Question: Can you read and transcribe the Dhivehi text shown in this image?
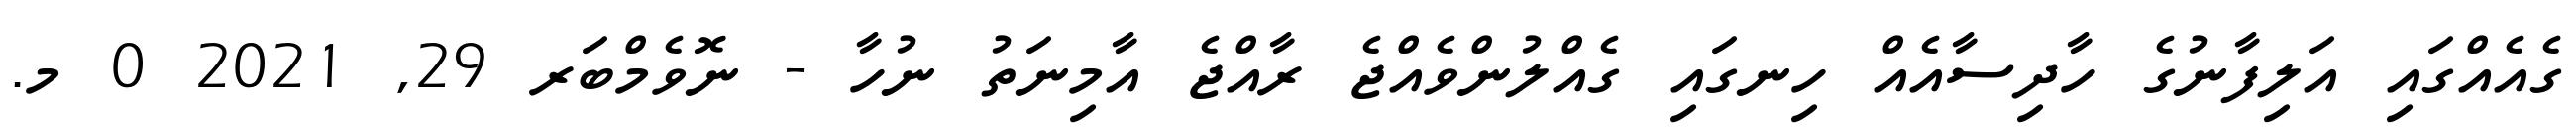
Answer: ގެއެއްގައި އަލިފާނުގެ ހާދިސާއެއް ހިނގައި ގެއްލުންވެއްޖެ ރާއްޖެ އާމިނަތު ނުހާ - ނޮވެމްބަރ 29, 2021 0 މ.